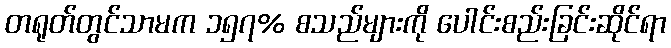
တရုတ်တွင်သာမက ၁၅၇% စသည်များကို ပေါင်းစည်းခြင်းဆိုင်ရာ